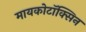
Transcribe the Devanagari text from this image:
मायकोटॉक्सिन